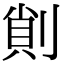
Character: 𠝿